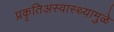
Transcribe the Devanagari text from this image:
प्रकृतिअस्वास्थ्यामुळे